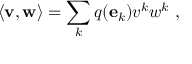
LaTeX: \langle \mathbf { v } , \mathbf { w } \rangle = \sum _ { k } q ( \mathbf { e } _ { k } ) v ^ { k } w ^ { k } \ ,